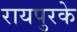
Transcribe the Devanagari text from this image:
रायपुरके